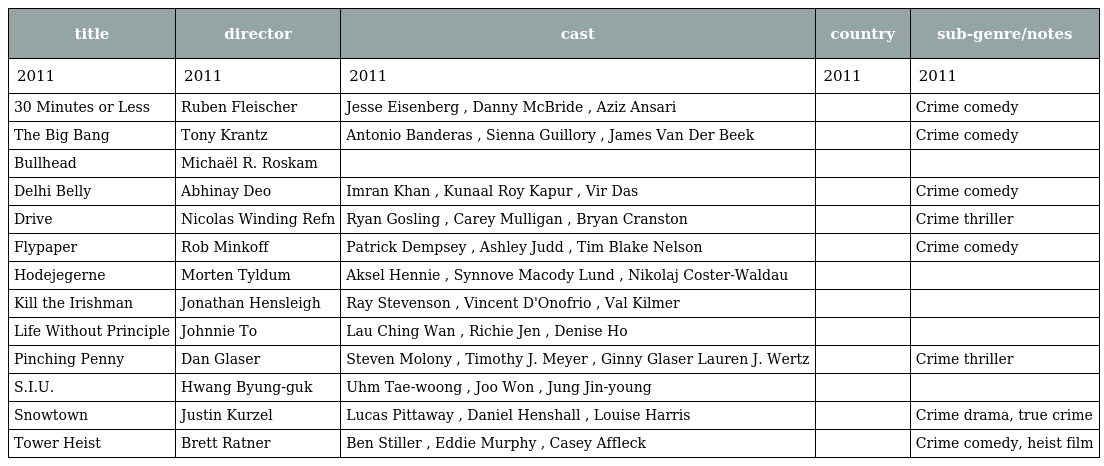
| title | director | cast | country | sub-genre/notes |
 | --- | --- | --- | --- | --- |
 | 2011 | 2011 | 2011 | 2011 | 2011 |
 | 30 Minutes or Less | Ruben Fleischer | Jesse Eisenberg , Danny McBride , Aziz Ansari |  | Crime comedy |
 | The Big Bang | Tony Krantz | Antonio Banderas , Sienna Guillory , James Van Der Beek |  | Crime comedy |
 | Bullhead | Michaël R. Roskam |  |  |  |
 | Delhi Belly | Abhinay Deo | Imran Khan , Kunaal Roy Kapur , Vir Das |  | Crime comedy |
 | Drive | Nicolas Winding Refn | Ryan Gosling , Carey Mulligan , Bryan Cranston |  | Crime thriller |
 | Flypaper | Rob Minkoff | Patrick Dempsey , Ashley Judd , Tim Blake Nelson |  | Crime comedy |
 | Hodejegerne | Morten Tyldum | Aksel Hennie , Synnove Macody Lund , Nikolaj Coster-Waldau |  |  |
 | Kill the Irishman | Jonathan Hensleigh | Ray Stevenson , Vincent D'Onofrio , Val Kilmer |  |  |
 | Life Without Principle | Johnnie To | Lau Ching Wan , Richie Jen , Denise Ho |  |  |
 | Pinching Penny | Dan Glaser | Steven Molony , Timothy J. Meyer , Ginny Glaser Lauren J. Wertz |  | Crime thriller |
 | S.I.U. | Hwang Byung-guk | Uhm Tae-woong , Joo Won , Jung Jin-young |  |  |
 | Snowtown | Justin Kurzel | Lucas Pittaway , Daniel Henshall , Louise Harris |  | Crime drama, true crime |
 | Tower Heist | Brett Ratner | Ben Stiller , Eddie Murphy , Casey Affleck |  | Crime comedy, heist film |